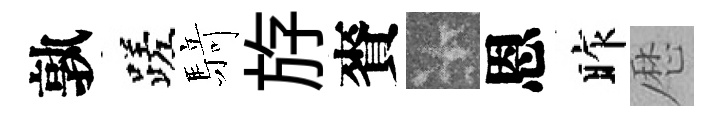
孰蹉𮪍斿賚卡恩昨厯